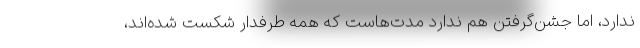
ندارد، اما جشن‌گرفتن هم ندارد مدت‌هاست که همه طرفدار شکست شده‌اند،